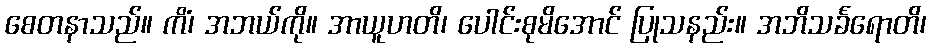
စေတနာသည်။ ကိံ၊ အဘယ်ကို။ အာယူဟတိ၊ ပေါင်းစုမိအောင် ပြုသနည်း။ အဘိသင်္ခရောတိ၊